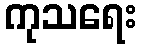
ကုသရေး